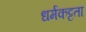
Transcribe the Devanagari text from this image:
धर्मकट्टता